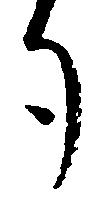
勺